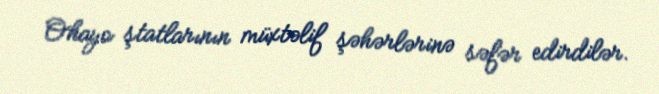
Ohayo ştatlarının müxtəlif şəhərlərinə səfər edirdilər.